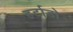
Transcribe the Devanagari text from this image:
हर्टाडो